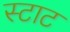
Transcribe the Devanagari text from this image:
स्टाट